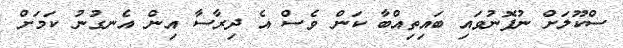
ސްކޫލަށް ނުފޮނުވައި ބައިތިއްބާ ކަން ވެސް އެ ދިރާސާ އިން އެނގުނު ކަމަށް